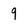
Character: 9